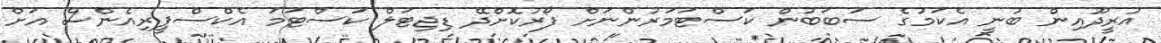
އުރީދޫއިން ބުނީ އެކަމުގެ ސަބަބުން ކަސްޓަމަރުންނަށް ފޯރުކޮށްދޭ ޑިޖިޓަލް ކަސްޓަމަ އެކްސްޕީރިއެންސް އަށް